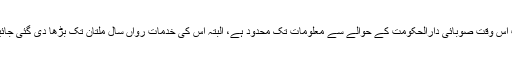
یہ ایپ اس وقت صوبائی دارالحکومت کے حوالے سے معلومات تک محدود ہے، البتہ اس کی خدمات رواں سال ملتان تک بڑھا دی گئی جائیں گی۔